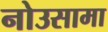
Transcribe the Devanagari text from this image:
नोउसामा